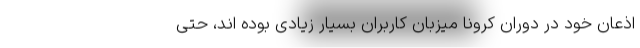
اذعان خود در دوران کرونا میزبان کاربران بسیار زیادی بوده اند، حتی